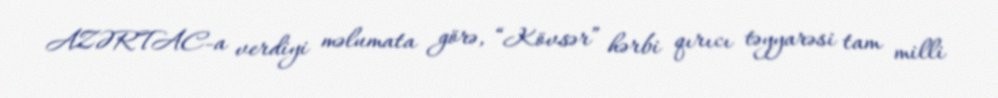
AZƏRTAC-a verdiyi məlumata görə, “Kövsər” hərbi qırıcı təyyarəsi tam milli